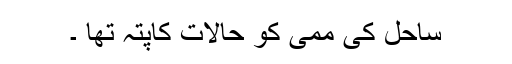
ساحل کی ممی کو حالات کاپتہ تھا ۔